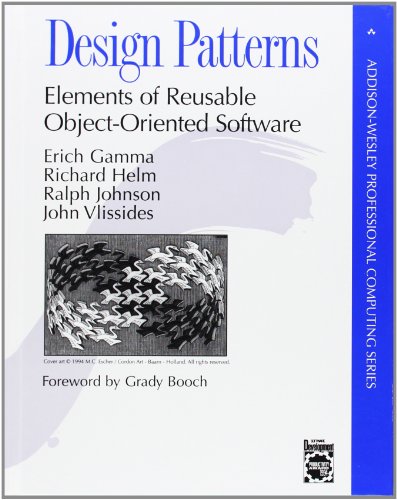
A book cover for Design Patterns: Elements of Reusable Object-Oriented Software; Erich Gamma; Computers & Technology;